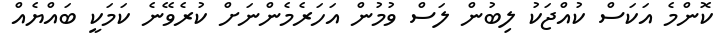
ކޮންމެ އަކަސް ކުއްޖަކު ލިބުން ލަސް ވުމުން އަހަރެމެންނަށް ކުރެވޭނެ ކަމަކީ ބައްޔެއް